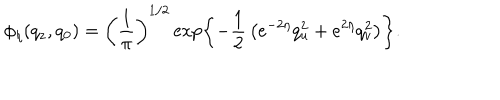
LaTeX: \phi _ { \eta } ( q _ { z } , q _ { 0 } ) = \left( { \frac { 1 } { \pi } } \right) ^ { 1 / 2 } \exp \left\{ - { \frac { 1 } { 2 } } \left( e ^ { - 2 \eta } q _ { u } ^ { 2 } + e ^ { 2 \eta } q _ { v } ^ { 2 } \right) \right\} .